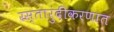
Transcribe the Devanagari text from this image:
रस्तारुंदीकरणात